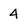
Character: 4